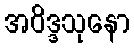
အဝိဒ္ဒသုနော